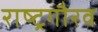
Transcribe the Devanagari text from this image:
राष्‍ट्रगौरव